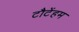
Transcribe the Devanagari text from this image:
टौटेंहम